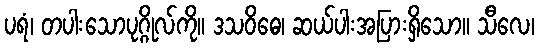
ပရံ၊ တပါးသောပုဂ္ဂိုလ်ကို။ ဒသဝိဓေ၊ ဆယ်ပါးအပြားရှိသော။ သီလေ၊